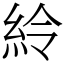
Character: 紷